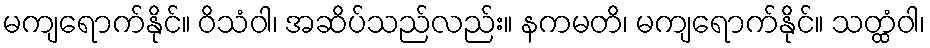
မကျရောက်နိုင်။ ဝိသံဝါ၊ အဆိပ်သည်လည်း။ နကမတိ၊ မကျရောက်နိုင်။ သတ္ထံဝါ၊